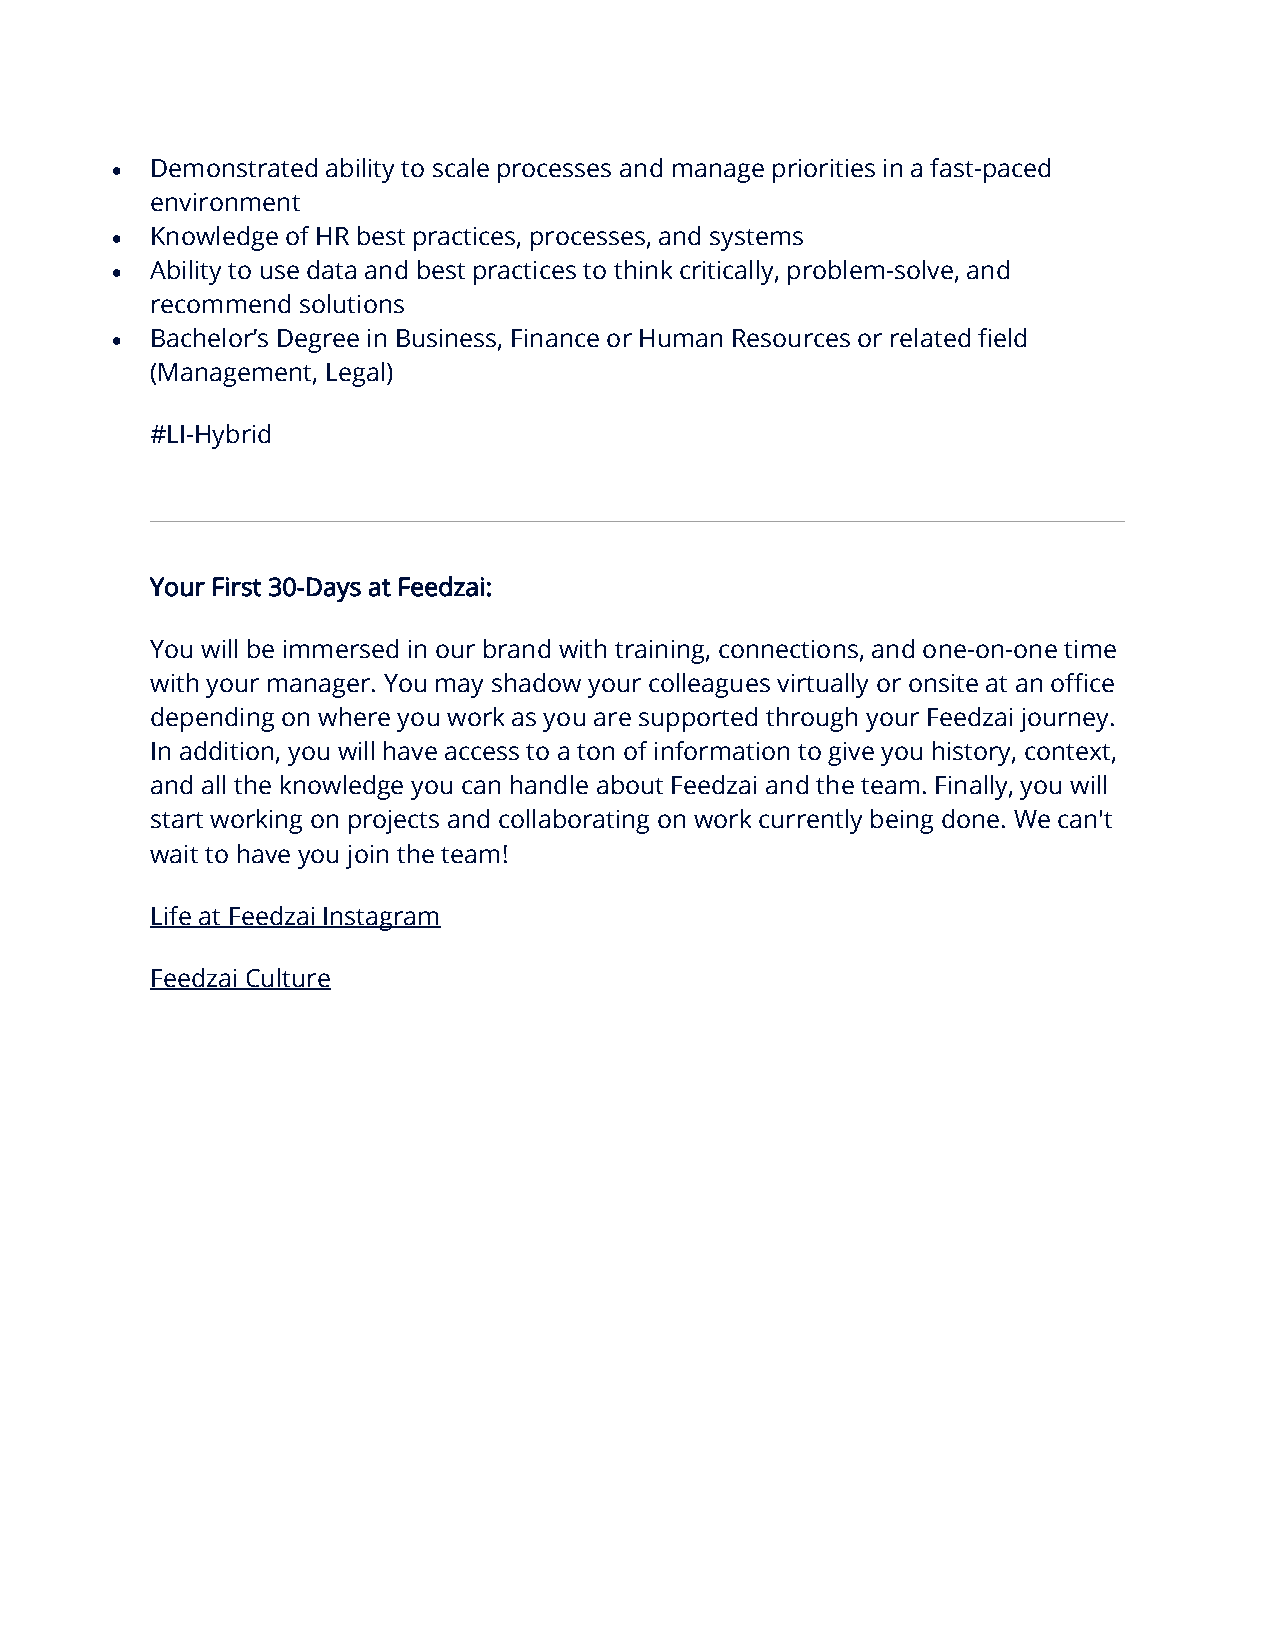
•  Demonstrated ability to scale processes and manage priorities in a fast-paced
 environment
 •  Knowledge of HR best practices, processes, and systems
 •  Ability to use data and best practices to think critically, problem-solve, and
 recommend solutions
 •  Bachelor’s Degree in Business, Finance or Human Resources or related field
 (Management, Legal)
 #LI-Hybrid
 Your First 30-Days at Feedzai:
 You will be immersed in our brand with training, connections, and one-on-one time
 with your manager. You may shadow your colleagues virtually or onsite at an office
 depending on where you work as you are supported through your Feedzai journey.
 In addition, you will have access to a ton of information to give you history, context,
 and all the knowledge you can handle about Feedzai and the team. Finally, you will
 start working on projects and collaborating on work currently being done. We can't
 wait to have you join the team!
 Life at Feedzai Instagram
 Feedzai Culture